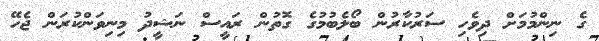
ގެ ނިންމުމަށް ދިވެހި ސަރުކާރުން ބޯލެބުމުގެ ގޮތުން ރައީސް ނަޝީދު މިނިވަންކުރަން ޖެހޭ